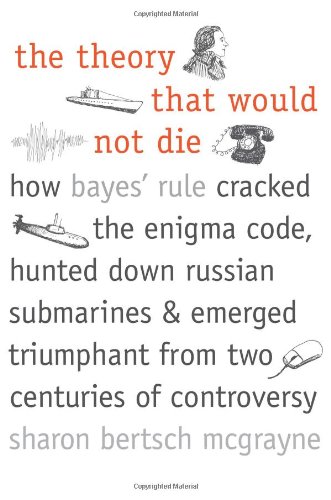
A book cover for The Theory That Would Not Die: How Bayes' Rule Cracked the Enigma Code, Hunted Down Russian Submarines, and Emerged Triumphant from Two Centuries of Controversy; Sharon Bertsch McGrayne; Science & Math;